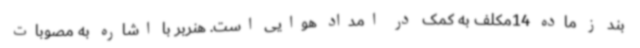
بند ز ماده 14مکلف به کمک در امداد هوایی است. هنربر با اشاره به مصوبات